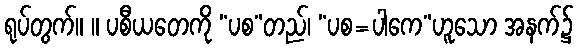
ရုပ်တွက်။ ။ ပစီယတေကို “ပစ”တည်၊ “ပစ=ပါကေ”ဟူသော အနက်၌